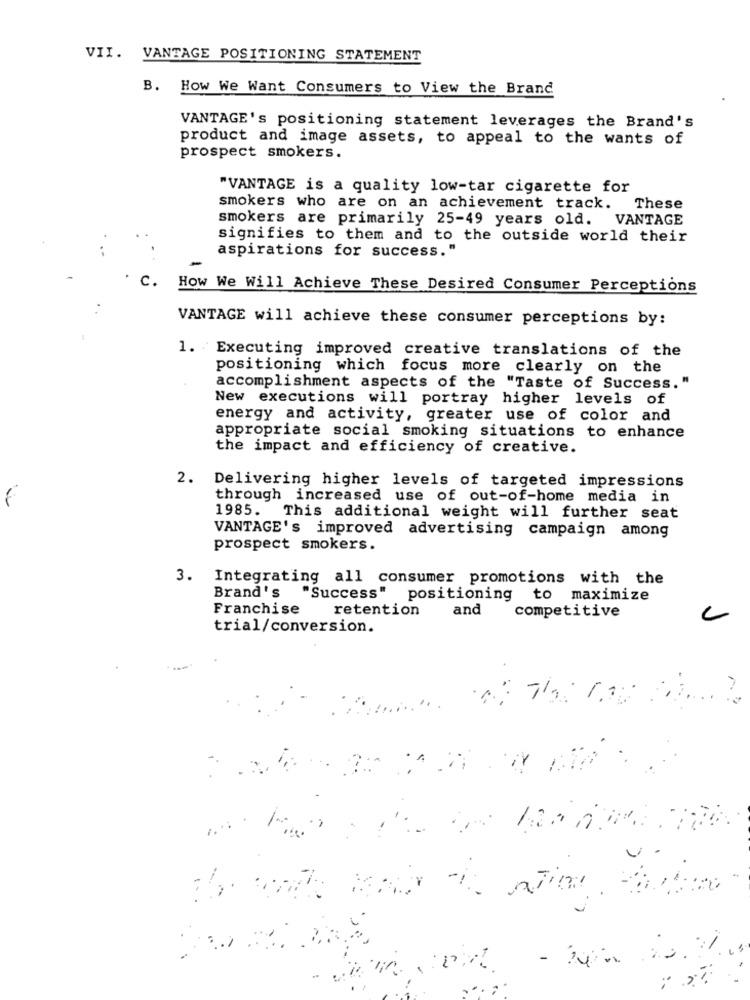
VII. VANTAGE POSITIONING STATEMENT
B. How We Want Consumers to View the Brand
VANTAGE's positioning statement leverages the Brand's
product and image assets, to appeal to the wants of
prospect smokers.
"VANTAGE is a quality low-tar cigarette for
smokers who are on an achievement track.
These
smokers are primarily 25-49 years old. VANTAGE
signifies to them and to the outside world their
aspirations for success."
C.
How We Will Achieve These Desired Consumer Perceptions
VANTAGE will achieve these consumer perceptions by:
1. Executing improved creative translations of the
positioning which focus more clearly on the
accomplishment aspects of the "Taste of Success."
New executions will portray higher levels of
energy and activity, greater use of color and
appropriate social smoking situations to enhance
the impact and efficiency of creative.
2. Delivering higher levels of targeted impressions
through increased use of out-of-home media in
1985.
This additional weight will further seat
VANTAGE's improved advertising campaign among
prospect smokers.
3.
Integrating all consumer promotions with the
Brand's
"Success" positioning to maximize
Franchise
retention
and
competitive
C
trial/conversion.